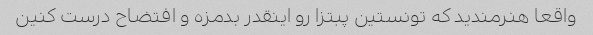
واقعا هنرمندید که تونستین پبتزا رو اینقدر بدمزه و افتضاح درست کنین